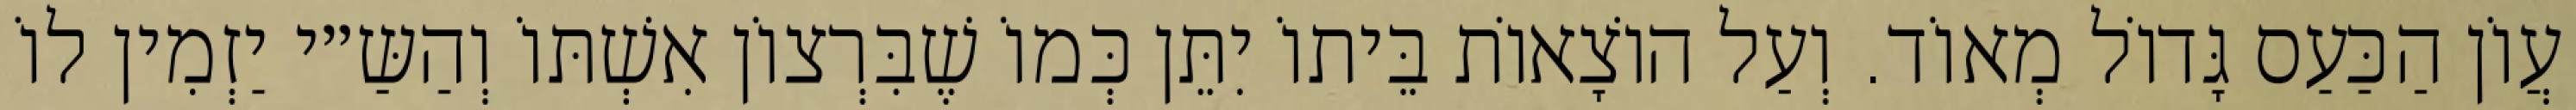
עֲוֹן הַכַּעַס גָּדוֹל מְאוֹד. וְעַל הוֹצָאוֹת בֵּיתוֹ יִתֵּן כְּמוֹ שֶׁבִּרְצוֹן אִשְׁתּוֹ וְהַשַּ״י יַזְמִין לוֹ